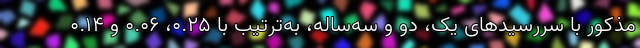
مذکور با سررسیدهای یک، دو و سه‌ساله، به‌ترتیب با ۰.۲۵، ۰.۰۶ و ۰.۱۴